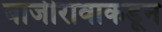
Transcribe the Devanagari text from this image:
बाजीरावाकडून